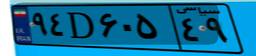
۸۵D۸۳۷۷۷